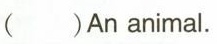
（） An animal.